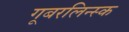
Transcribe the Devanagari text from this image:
गूबरलिन्स्क